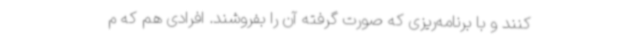
کنند و با برنامه‌ریزی که صورت گرفته آن را بفروشند. افرادی هم که م